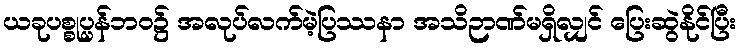
ယခုပစ္စုပ္ပန်ဘဝ၌ အလုပ်လက်မဲ့ပြဿနာ အသိဉာဏ်မရှိလျှင် ပြေးဆွဲနိုင်ပြီး